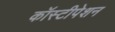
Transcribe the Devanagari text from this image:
कॉस्टीपेशन